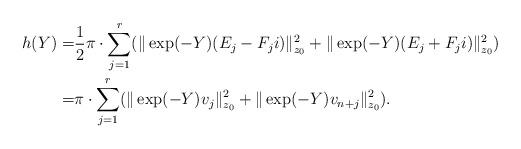
LaTeX: \begin{align*} h(Y)=&\frac{1}{2}\pi\cdot\sum_{j=1}^r (\|\exp(-Y)( E_j-F_j i)\|_{z_0}^2+\|\exp(-Y) (E_j+F_j i)\|_{z_0}^2)\\ =&\pi\cdot \sum_{j=1}^r (\|\exp(-Y)v_j\|_{z_0}^2+\|\exp(-Y) v_{n+j}\|_{z_0}^2).\end{align*}